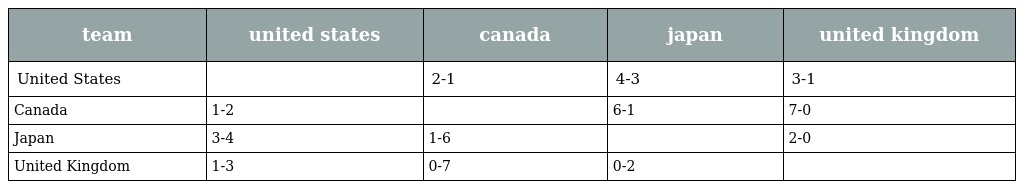
| team | united states | canada | japan | united kingdom |
 | --- | --- | --- | --- | --- |
 | United States |  | 2-1 | 4-3 | 3-1 |
 | Canada | 1-2 |  | 6-1 | 7-0 |
 | Japan | 3-4 | 1-6 |  | 2-0 |
 | United Kingdom | 1-3 | 0-7 | 0-2 |  |